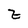
Character: z